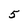
Character: 5